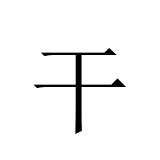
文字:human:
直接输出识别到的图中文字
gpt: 干